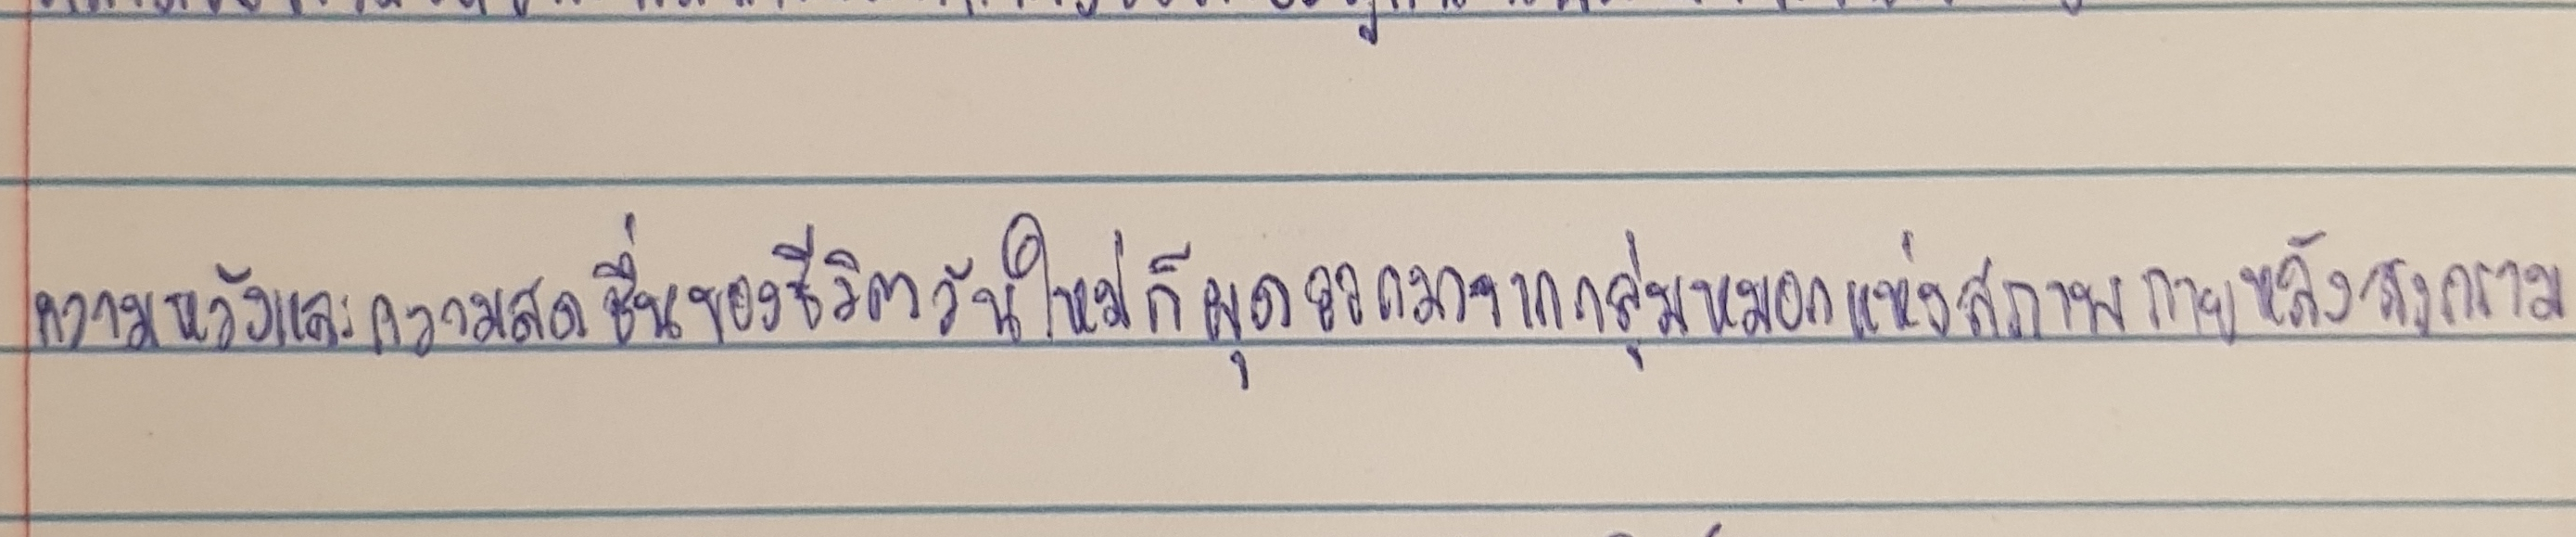
ความหวังและความสดชื่นของชีวิตวันใหม่ก็ผุดออกมาจากกลุ่มหมอกแห่งสภาพภายหลังสงคราม